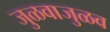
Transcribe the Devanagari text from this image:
जुळवाजुळव